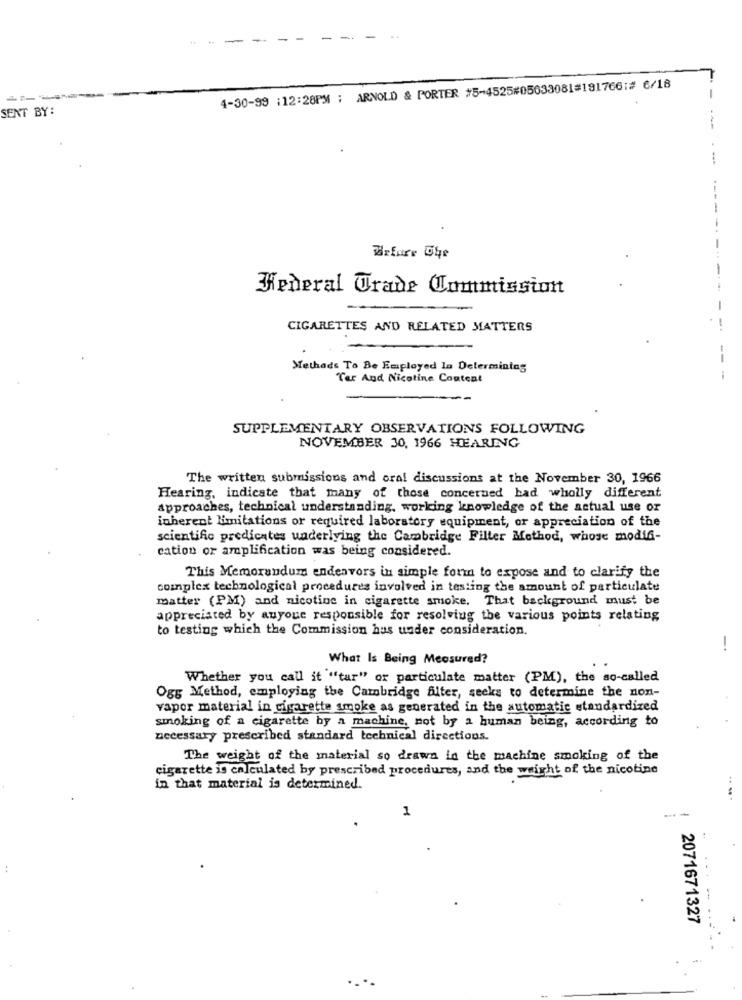
4-30-99 :12:28PM ; ARNOLD & PORTER #5-4525#05633081#191766;# 6/18
-
SENT BY:
- -
-
Before She
Jeneral Trade Commission
-
CIGARETTES AND RELATED MATTERS
Methads To Be Employed la Determining
Ter And Nicotine Couteat
SUPPLEMENTARY OBSERVATIONS FOLLOWING
NOVEMBER 30, 1966 HEARING
The written submissions and oral discussions at the November 30, 1966
Hearing, indicate that many of those concerned had wholly diferent
approaches, technical understanding, working knowledge of the actual use or
inherent limitations or required laboratory equipment, or appreciation of the
scientific predicates underlying the Cambridge Filter Method, whose modif-
cation or amplification was being considered.
This Memorandum endeavors in simple form to expose and to clarify the
complex technological procedures involved in testing the amount of particulate
matter (PM) and nicotine in cigarette smoke. That background must be
appreciated by auyoue responsible for resolving the various points relating
to testing which the Commission has under consideration.
-*
What Is Being Measured?
Whether you call it "tur" or particulate matter (PM), the so-called
Ogg Method, employing the Cambridge filter, seeks to determine the non-
vapor material in cigarette smoke as generated in the automatic standardized
smoking of a cigarette by a machine, not by a human being, according to
necessary prescribed standard technical directions.
The weight of the material so drawn in the machine smoking of the
cigarette is calculated by prescribed procedures, and the weight of the nicotine
in that material is determined.
.. ...
1
--
2071671327